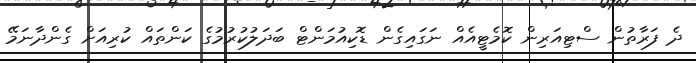
ދެ ފަރާތުން ސްޓިއަރިން ކޮމެޓީއެއް ނަގައިގެން ޑޮކިއުމަންޓް ބަދަލުކުރުމުގެ ކަންތައް ކުރިއަށް ގެންދާނަމޭ